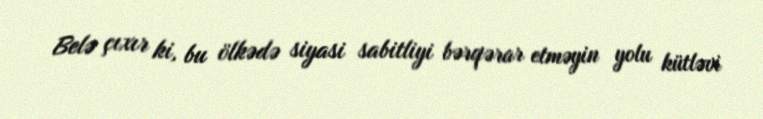
Belə çıxır ki, bu ölkədə siyasi sabitliyi bərqərar etməyin yolu kütləvi